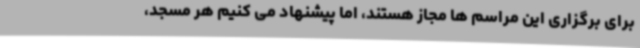
برای برگزاری این مراسم ها مجاز هستند، اما پیشنهاد می کنیم هر مسجد،